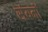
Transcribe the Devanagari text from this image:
संयमों